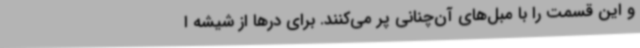
و این قسمت را با مبل‌های آن‌چنانی پر می‌کنند. برای درها از شیشه ا